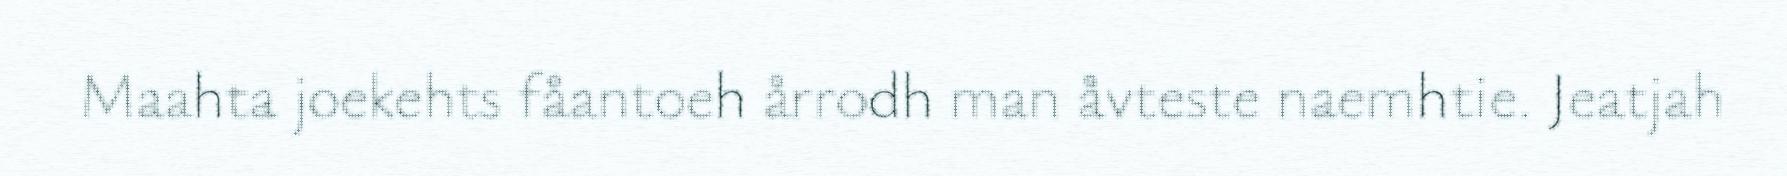
Maahta joekehts fåantoeh årrodh man åvteste naemhtie. Jeatjah